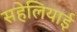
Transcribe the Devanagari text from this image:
सहेलियाई